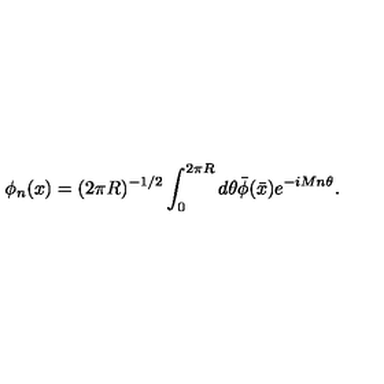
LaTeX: \phi _ { n } ( x ) = ( 2 \pi R ) ^ { - 1 / 2 } \int _ { 0 } ^ { 2 \pi R } d \theta \bar { \phi } ( \bar { x } ) e ^ { - i M n \theta } .